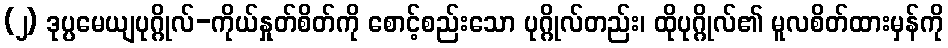
(၂) ဒုပ္ပမေယျပုဂ္ဂိုလ်-ကိုယ်နှုတ်စိတ်ကို စောင့်စည်းသော ပုဂ္ဂိုလ်တည်း၊ ထိုပုဂ္ဂိုလ်၏ မူလစိတ်ထားမှန်ကို